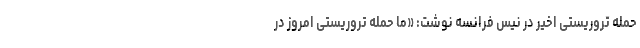
حمله تروریستی اخیر در نیس فرانسه نوشت: «ما حمله تروریستی امروز در